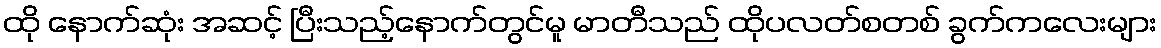
ထို နောက်ဆုံး အဆင့် ပြီးသည့်နောက်တွင်မူ မာတီသည် ထိုပလတ်စတစ် ခွက်ကလေးများ